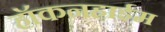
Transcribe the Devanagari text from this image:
हॉकनहाईम